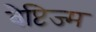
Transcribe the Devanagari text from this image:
बैप्टिज्म